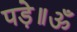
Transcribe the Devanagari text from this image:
पड़े॥ॐ